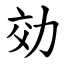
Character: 効